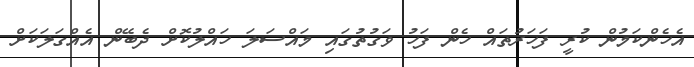
އެހެންކަމުން ކުރީ ފަހަރުތައް ހެން ފަހު ވަގުތުގައި މައްސަލަ ހައްލުކޮށް ދެބޭން އެއްގަލަކަށް